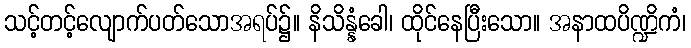
သင့်တင့်လျောက်ပတ်သောအရပ်၌။ နိသိန္နံခေါ၊ ထိုင်နေပြီးသော။ အနာထပိဏ္ဍိကံ၊